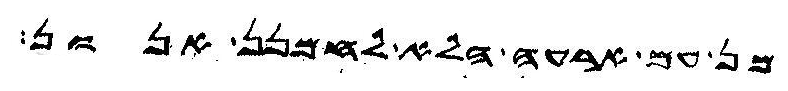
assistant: מן עם ארעה הלא לחמנן אנון